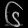
Digit: ၆